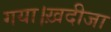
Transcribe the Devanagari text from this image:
गया।ख़दीजा